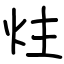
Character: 炷